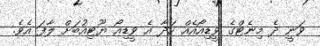
ވަނީ ދެ މިނެޓްގެ ވީޑިއޯއެއް ހަދާ އެ ވީޑިއޯ ޔޫޓިއުބަށް ލާފަ އެވެ.